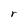
Character: r